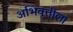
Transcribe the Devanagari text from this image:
अभिवृत्तीला